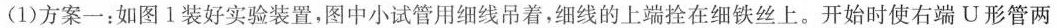
(1)方案一：如图1装好实验装置，图中小试管用细线吊着，细线的上端拴在细铁丝上。开始时使右端U形管两